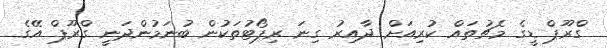
ގްރޫޕް ޑީގެ މެޗުތައް ކުރިއަށް ދާއިރު ގިނަ ރިޕޯޓުތަކުން ބުނަމުންދަނީ ގްރޫޕް އޭގެ